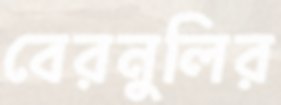
বেরনুলির